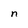
Character: n